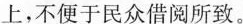
上，不便于民众借阅所致。